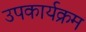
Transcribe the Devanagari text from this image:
उपकार्यक्रम